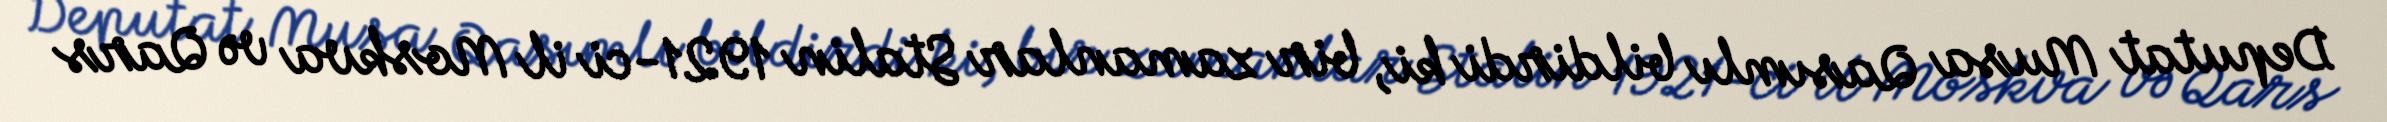
Deputat Musa Qasımlı bildirdi ki, bir zamanlar Stalin 1921-ci il Moskva və Qars